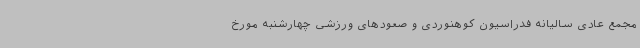
مجمع عادی سالیانه فدراسیون کوهنوردی و صعودهای ورزشی چهارشنبه مورخ